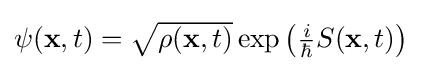
\textstyle \psi ({\bf {x}},t)={\sqrt {\rho ({\bf {x}},t)}}\exp \left({\frac {i}{\hbar }}S({\bf {x}},t)\right)